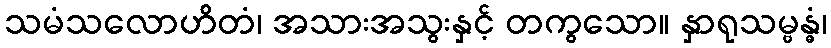
သမံသလောဟိတံ၊ အသားအသွးနှင့် တကွသော။ နှာရုသမ္ဗန္ဓံ၊